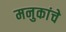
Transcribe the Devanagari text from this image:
मनुकांचे